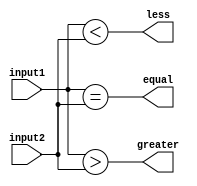
module comparator (
    input [1:0] input1,
    input [1:0] input2,
    output equal,
    output greater,
    output less
);

assign equal = (input1 == input2);
assign greater = (input1 > input2);
assign less = (input1 < input2);

endmodule